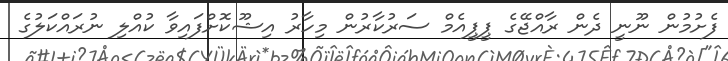
ފެށުމުން ނޫނީ ދެން ރާއްޖޭގެ ޕީޕީއެމް ސަރުކާރުން މިހާރު އިޝޫކޮށްފައިވާ ކުއްލި ނުރައްކަލުގެ